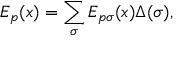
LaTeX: E _ { p } ( x ) = \sum _ { \sigma } E _ { p \sigma } ( x ) \Delta ( \sigma ) ,